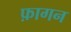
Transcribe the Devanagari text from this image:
फ़ागन